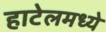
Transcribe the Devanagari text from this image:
हाटेलमध्ये